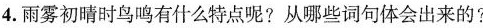
4.雨雾初晴时鸟鸣有什么特点呢?从哪些词句体会出来的?